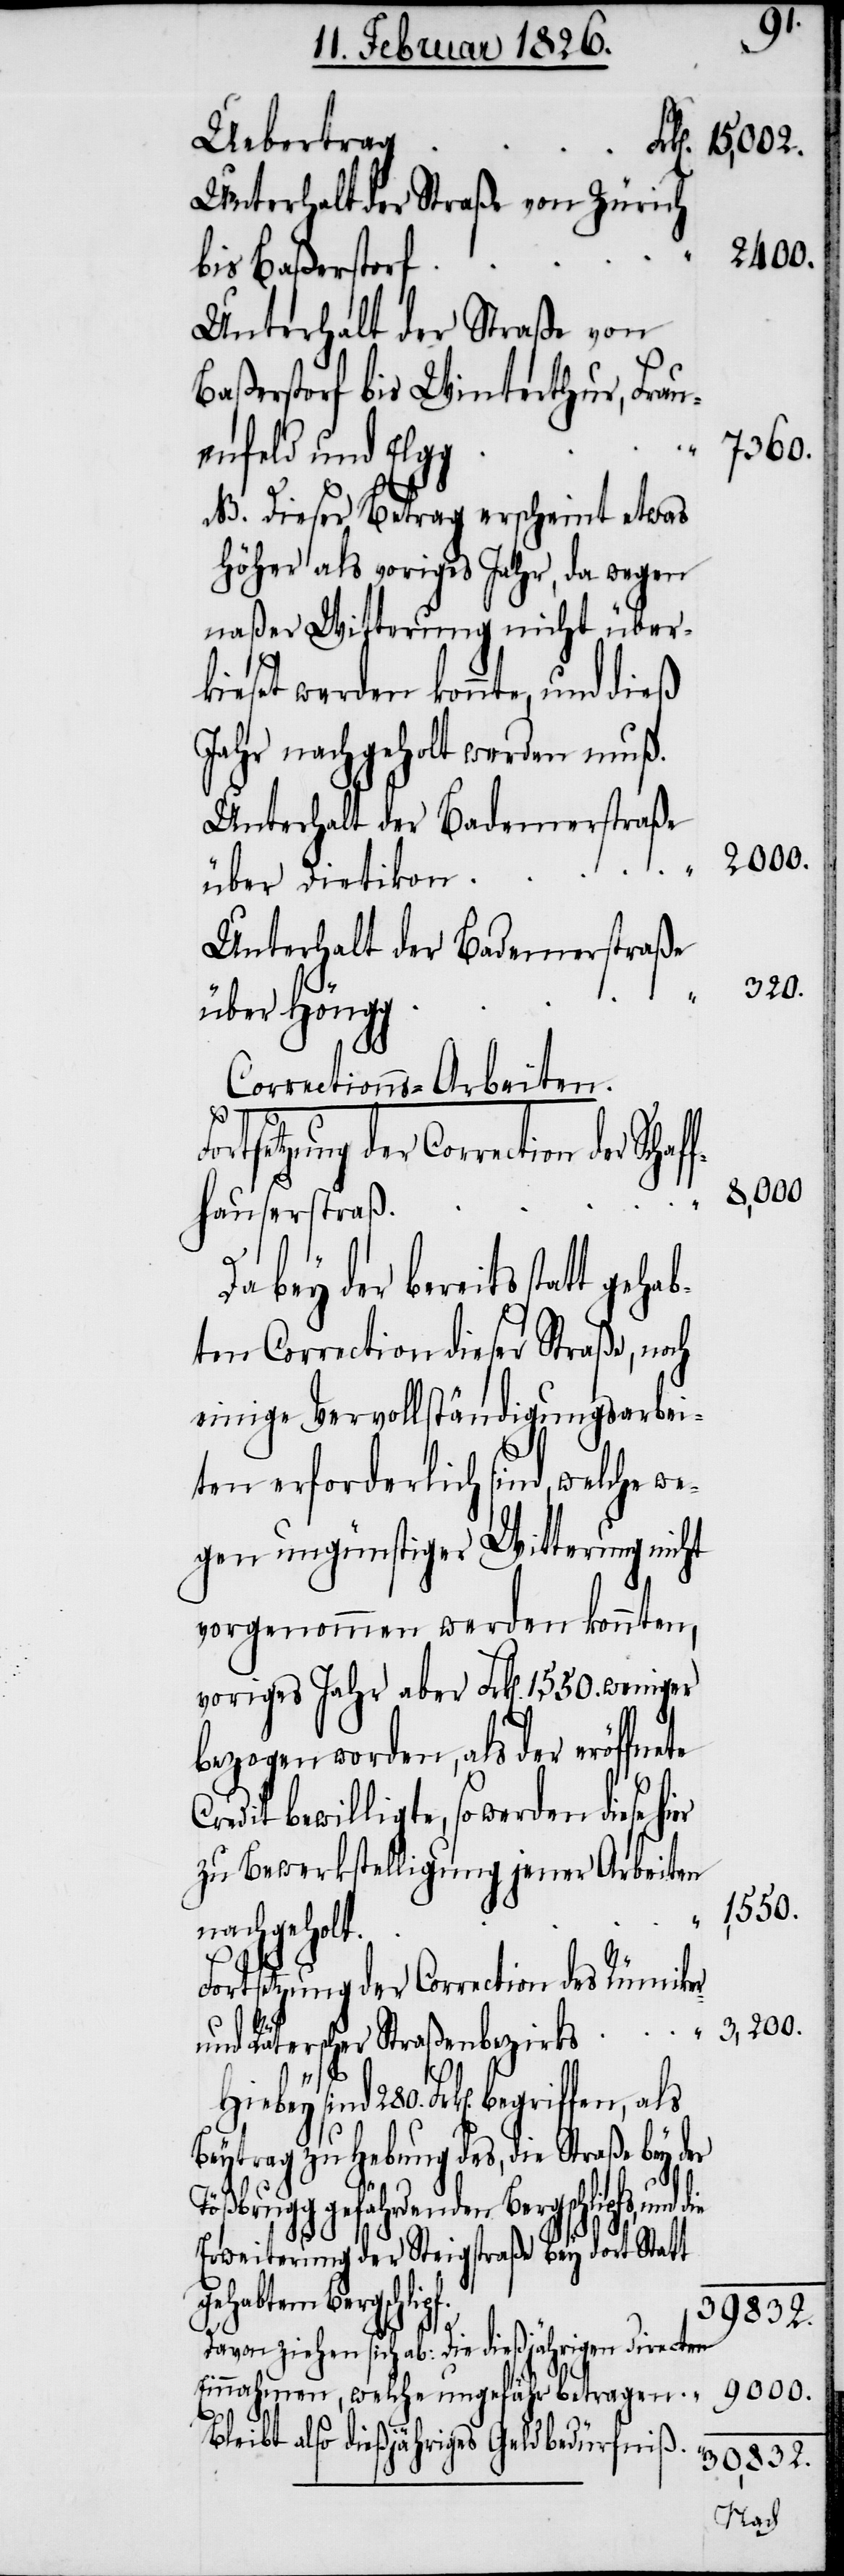
Uebertrag
Unterhalt der Straße von Zürich
2400.
bis Baßerstorf
Unterhalt der Straße von
Baßerstorf bis Winterthur, Frau¬
7360.
enfeld und Elgg
NB. Dieser Betrag erscheint etwas
höher als voriges Jahr, da wegen
naßer Witterung nicht über¬
kieset werden konnte, und dieß
Jahr nachgeholt werden muß.
Unterhalt der Badenerstraße
über Dietikon
Unterhalt der Badenerstraße
C¬
3,200.
über Höngg
Corrections-Arbeiten.
ortsetzung der Correction der
fhauserstraße
Da bey der bereits statt gehab¬
ten Correction dieser Straße, noch
einige Vervollständigungsarbei¬
ten erforderlich sind, welche w¬
egen ungünstiger Witterung nicht
vorgenommen werden konnten,
bezogen worden, als der eröffnete
redit bewilligte, so werden diese hi¬
zu Bewerkstelligung jener Arbeiten
1,550.
nachgeholt.
Fortsetzung der Correction des Rümiker
er
und Räterscher Straßenbezirks
f.
Hiebey sind 280. Frk[en]. begriffen, als
Beytrag zu Hebung des, die Straße bey der
brugg gefährdenden Bergschlipfs,
Erweiterung der Steigstraße bey dort Statt
gehabtem Bergschlip¬
39 832.
Davon ziehen sich ab: die dießjährigen directen
9000.
Einnahmen, welche ungefähr betragen
Bleibt also dießjähriges Geldbedürfniß
30,832.
Töß¬